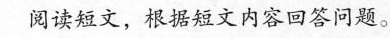
阅读短文,根据短文内容回答问题.